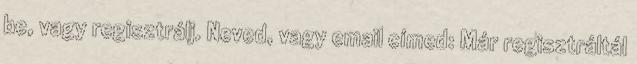
be, vagy regisztrálj. Neved, vagy email címed: Már regisztráltál